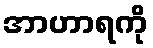
အာဟာရကို